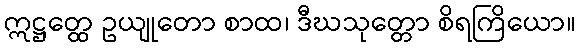
ဣဋ္ဌတ္ထေ ဥယျုတော စာထ၊ ဒီဃသုတ္တော စိရကြိယော။